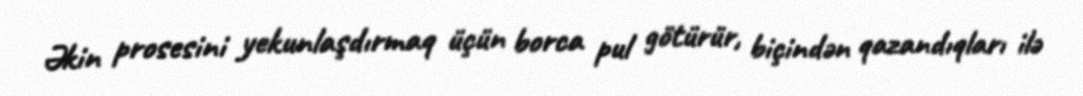
Əkin prosesini yekunlaşdırmaq üçün borca pul götürür, biçindən qazandıqları ilə